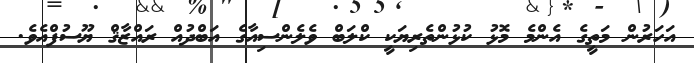
އަހަރުން މަތީގެ އެންމެ މޮޅު ކުޅުންތެރިޔަކީ ކްލަބް ވެލެންސިއާގެ އަބްދުއް ރައްޒާޤް ޔޫސުފްއެވެ.